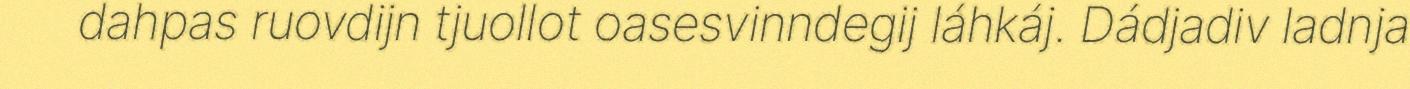
dahpas ruovdijn tjuollot oasesvinndegij láhkáj. Dádjadiv ladnja